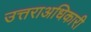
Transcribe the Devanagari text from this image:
उत्तराअधिकारी